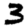
Digit: 3